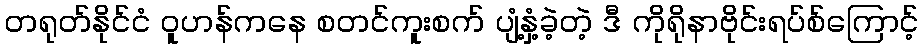
တရုတ်နိုင်ငံ ဝူဟန်ကနေ စတင်ကူးစက် ပျံ့နှံ့ခဲ့တဲ့ ဒီ ကိုရိုနာဗိုင်းရပ်စ်ကြောင့်